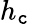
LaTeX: h_{\mathtt{c}}